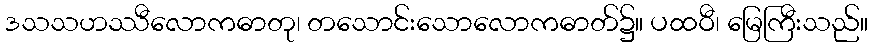
ဒသသဟဿီလောကဓာတု၊ တသောင်းသောလောကဓာတ်၌။ ပထဝီ၊ မြေကြီးသည်။